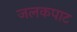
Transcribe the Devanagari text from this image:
जलकपाट